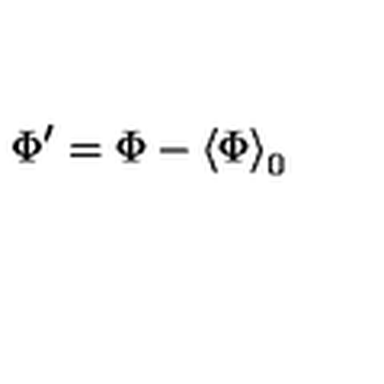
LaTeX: \Phi ^ { \prime } = \Phi - \left\langle \Phi \right\rangle _ { 0 }